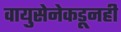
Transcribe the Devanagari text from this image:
वायुसेनेकडूनही